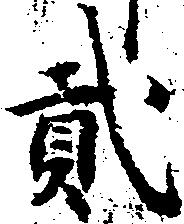
弐